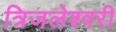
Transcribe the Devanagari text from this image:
त्रिजलेश्वरी